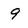
Character: 9